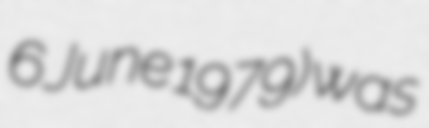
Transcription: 6 June 1979) was